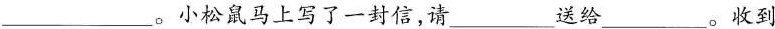
___。小松鼠马上写了一封信，请___送给___。收到